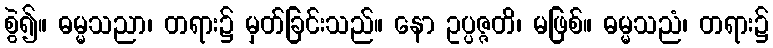
စွဲ၍။ ဓမ္မသညာ၊ တရား၌ မှတ်ခြင်းသည်။ နော ဥပ္ပဇ္ဇတိ၊ မဖြစ်။ ဓမ္မသညံ၊ တရား၌